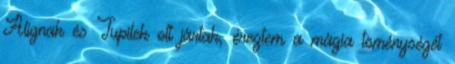
Alignak és Tupilek ott jártak, éreztem a mágia töménységét